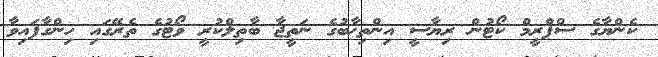
ކެންޔާގެ ސްޕްރީމް ކޯޓުން ރިޔާސީ އިންތިޚާބުގެ ނަތީޖާ ބާތިލްކުރީ ވޯޓުގެ ތެރޭގައި ހިންގާފައިވާ